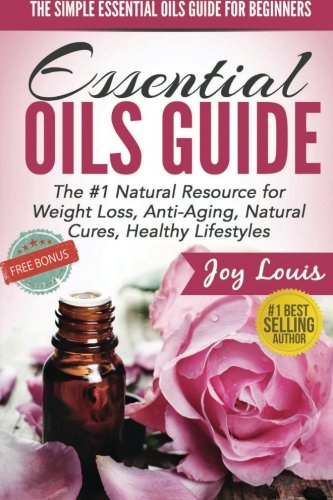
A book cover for The Simple Essential Oils Guide for Beginners: Essential Oils for Beginners - #1 Natural Resource for Natural Weight Loss, Anti-Aging, Natural Cures, ... Weight Loss, Aromatherapy Guide ) (Volume 1); Joy Louis; Health, Fitness & Dieting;